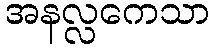
အနလ္လကေသာ